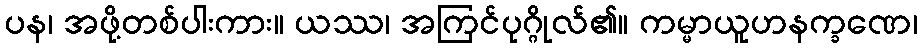
ပန၊ အဖို့တစ်ပါးကား။ ယဿ၊ အကြင်ပုဂ္ဂိုလ်၏။ ကမ္မာယူဟနက္ခဏေ၊